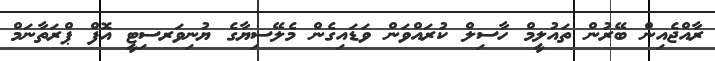
ރާއްޖެއިން ބޭރުން ތައުލީމް ހާސިލް ކުރައްވަން ވަޑައިގެން މެލޭސިޔާގެ ޔުނިވަރސިޓީ އޮފް ޕްރަތާނަމް